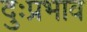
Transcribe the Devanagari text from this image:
दुःप्रभाव